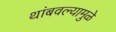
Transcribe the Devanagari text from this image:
थांबवल्यामुळे